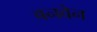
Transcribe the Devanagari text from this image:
बनवेन